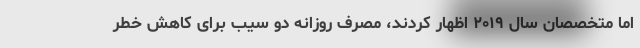
اما متخصصان سال ۲۰۱۹ اظهار کردند، مصرف روزانه دو سیب برای کاهش خطر